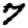
Digit: 7